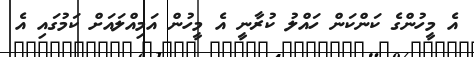
އެ މީހުންގެ ކަންކަން ހައްލު ކުރާނީ އެ މީހުން އަމިއްލައަށް ކަމުގައި އެ